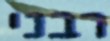
רבני